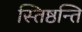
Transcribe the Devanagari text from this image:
स्तिष्ठन्ति